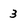
Character: 3